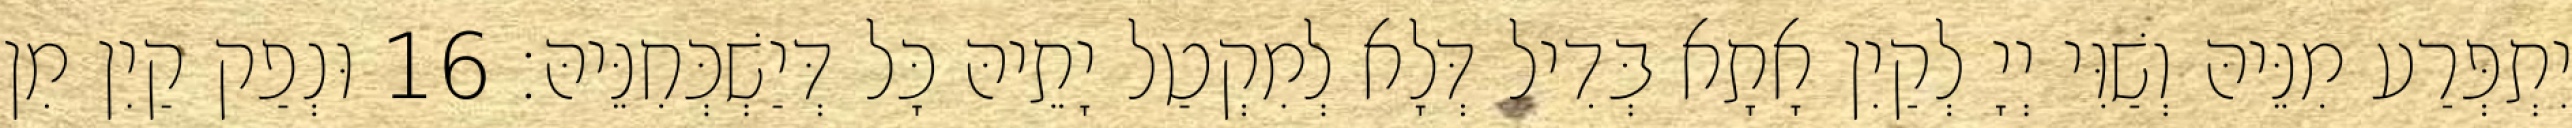
יִתְפְּרַע מִנֵּיהּ וְשַׁוִּי יְיָ לְקַיִן אָתָא בְּדִיל דְּלָא לְמִקְטַל יָתֵיהּ כָּל דְּיַשְׁכְּחִנֵּיהּ׃ 16 וּנְפַק קַיִן מִן